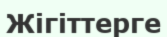
Жігіттерге